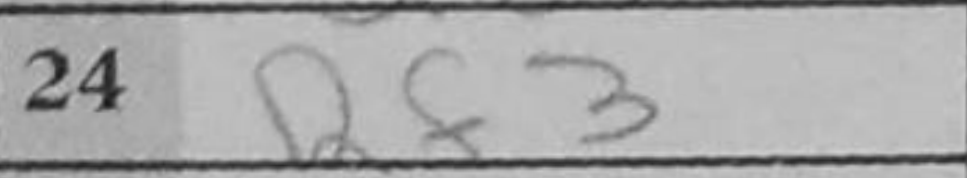
Transcription: Rf3